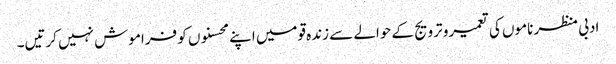
ادبی منظر ناموں کی تعمیرو ترویج کے حوالے سے زندہ قومیں اپنے محسنوں کو فراموش نہیں کرتیں۔